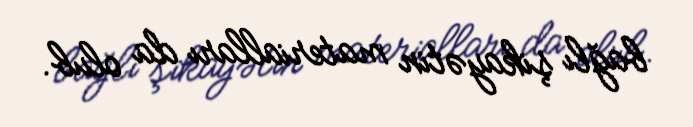
bağlı şikayətin materialları da olub.